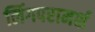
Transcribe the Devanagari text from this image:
लिंगपरामर्श